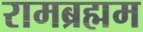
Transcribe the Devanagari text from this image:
रामब्रह्मम